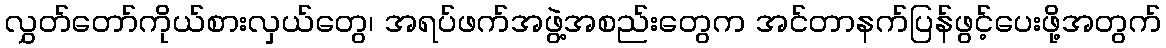
လွှတ်တော်ကိုယ်စားလှယ်တွေ၊ အရပ်ဖက်အဖွဲ့အစည်းတွေက အင်တာနက်ပြန်ဖွင့်ပေးဖို့အတွက်